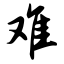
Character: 难